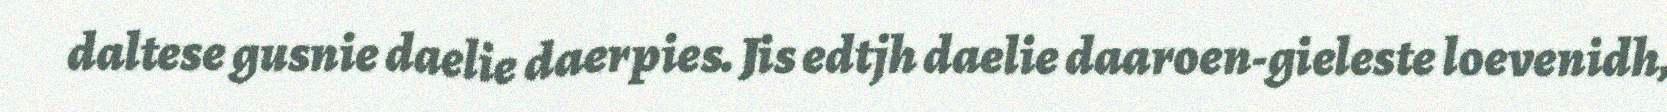
daltese gusnie daelie daerpies. Jis edtjh daelie daaroen-gieleste loevenidh,